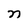
Character: n